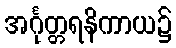
အင်္ဂုတ္တရနိကာယ၌